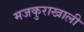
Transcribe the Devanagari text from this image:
मजकुराखाली